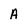
Character: A